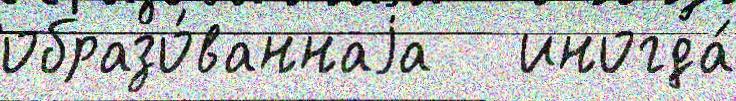
образо́ваннаjа   иногда́